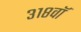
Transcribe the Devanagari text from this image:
३१८वॉ